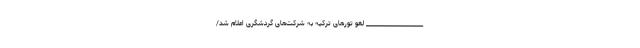
___________________ لغو تورهای ترکیه به شرکت‌های گردشگری اعلام شد/